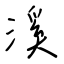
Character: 溪